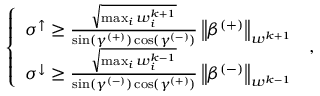
\begin{array} { r } { \left\{ \begin{array} { l l } { \sigma ^ { \uparrow } \geq \frac { \sqrt { \operatorname* { m a x } _ { i } w _ { i } ^ { k + 1 } } } { \sin ( \gamma ^ { ( + ) } ) \cos ( \gamma ^ { ( - ) } ) } \left\lVert \beta ^ { ( + ) } \right\rVert _ { w ^ { k + 1 } } } \\ { \sigma ^ { \downarrow } \geq \frac { \sqrt { \operatorname* { m a x } _ { i } w _ { i } ^ { k - 1 } } } { \sin ( \gamma ^ { ( - ) } ) \cos ( \gamma ^ { ( + ) } ) } \left\lVert \beta ^ { ( - ) } \right\rVert _ { w ^ { k - 1 } } } \end{array} \right. \, , } \end{array}